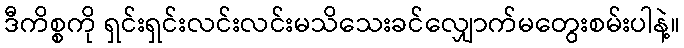
ဒီကိစ္စကို ရှင်းရှင်းလင်းလင်းမသိသေးခင်လျှောက်မတွေးစမ်းပါနဲ့။